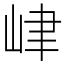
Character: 峍